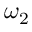
\omega _ { 2 }